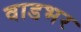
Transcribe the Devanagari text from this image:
वाडभर